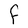
Character: F